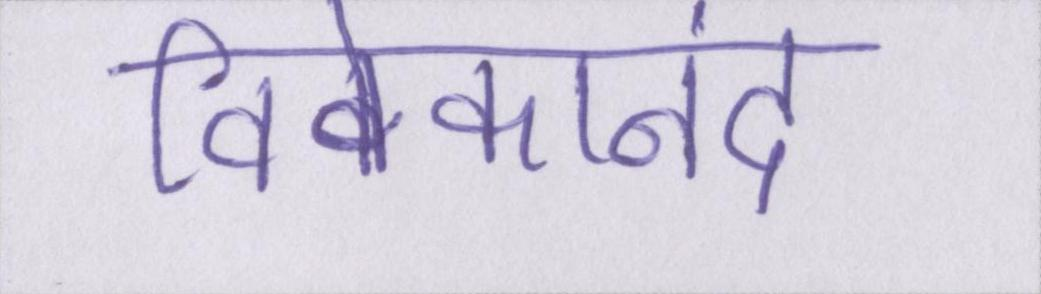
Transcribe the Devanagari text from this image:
विवेकानंद